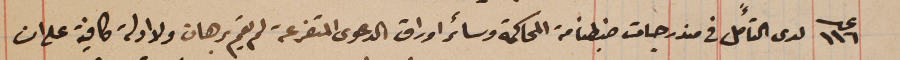
عدد ١١٦ لدى التأَمل فى مندرجات ضبطنا من المحاكمة وسائر اوراق الدعوى المتفرعة لم يقم برهان ولا ادلة كافية على ان